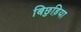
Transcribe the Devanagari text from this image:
बिछुड़िया